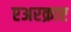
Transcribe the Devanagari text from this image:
एअरक्राप्ट